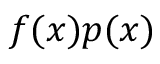
f ( x ) p ( x )